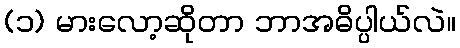
(၁) မားလော့ဆိုတာ ဘာအဓိပ္ပါယ်လဲ။